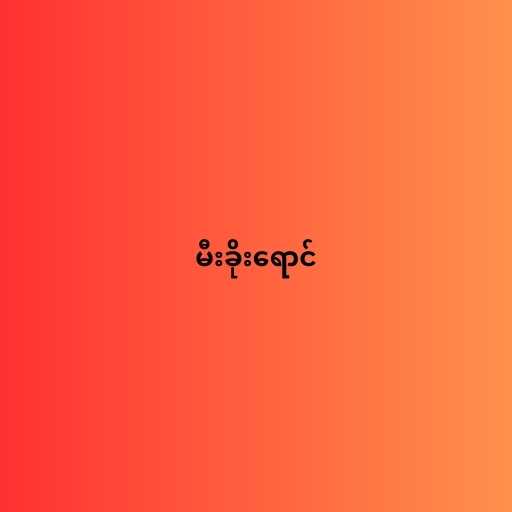
မီးခိုးရောင်